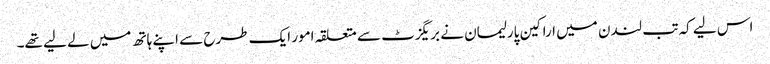
اس لیے کہ تب لندن میں اراکین پارلیمان نے بریگزٹ سے متعلقہ امور ایک طرح سے اپنے ہاتھ میں لے لیے تھے۔